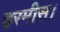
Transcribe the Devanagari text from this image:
हरमीस।